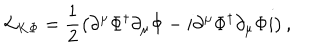
{ \cal L } _ { K \Phi } = \frac { 1 } { 2 } \left( \partial ^ { \mu } \Phi ^ { \dagger } \partial _ { \mu } \Phi - i \partial ^ { \mu } \Phi ^ { \dagger } \partial _ { \mu } \Phi i \right) ,